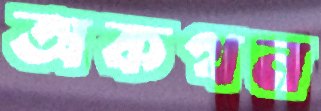
অকথন